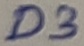
Text: D3